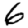
Digit: 6